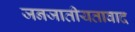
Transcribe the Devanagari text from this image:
जनजातीयतावाद